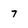
Character: 7